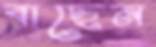
বাছেন